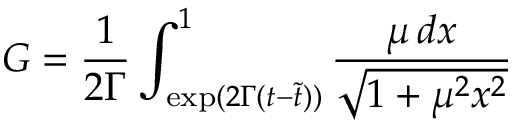
G = { \frac { 1 } { 2 \Gamma } } \int _ { \mathrm { e x p } ( 2 \Gamma ( t - \tilde { t } ) ) } ^ { 1 } { \frac { \mu \, d x } { \sqrt { 1 + \mu ^ { 2 } x ^ { 2 } } } }